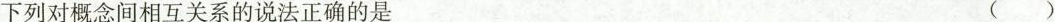
下列对概念间相互关系的说法正确的是 ()